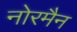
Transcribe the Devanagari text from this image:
नोरमैन